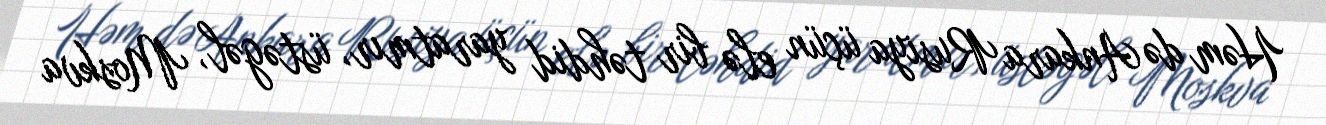
Həm də Ankara Rusiya üçün elə bir təhdid yaratmır, üstəgəl, Moskva